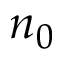
n _ { 0 }